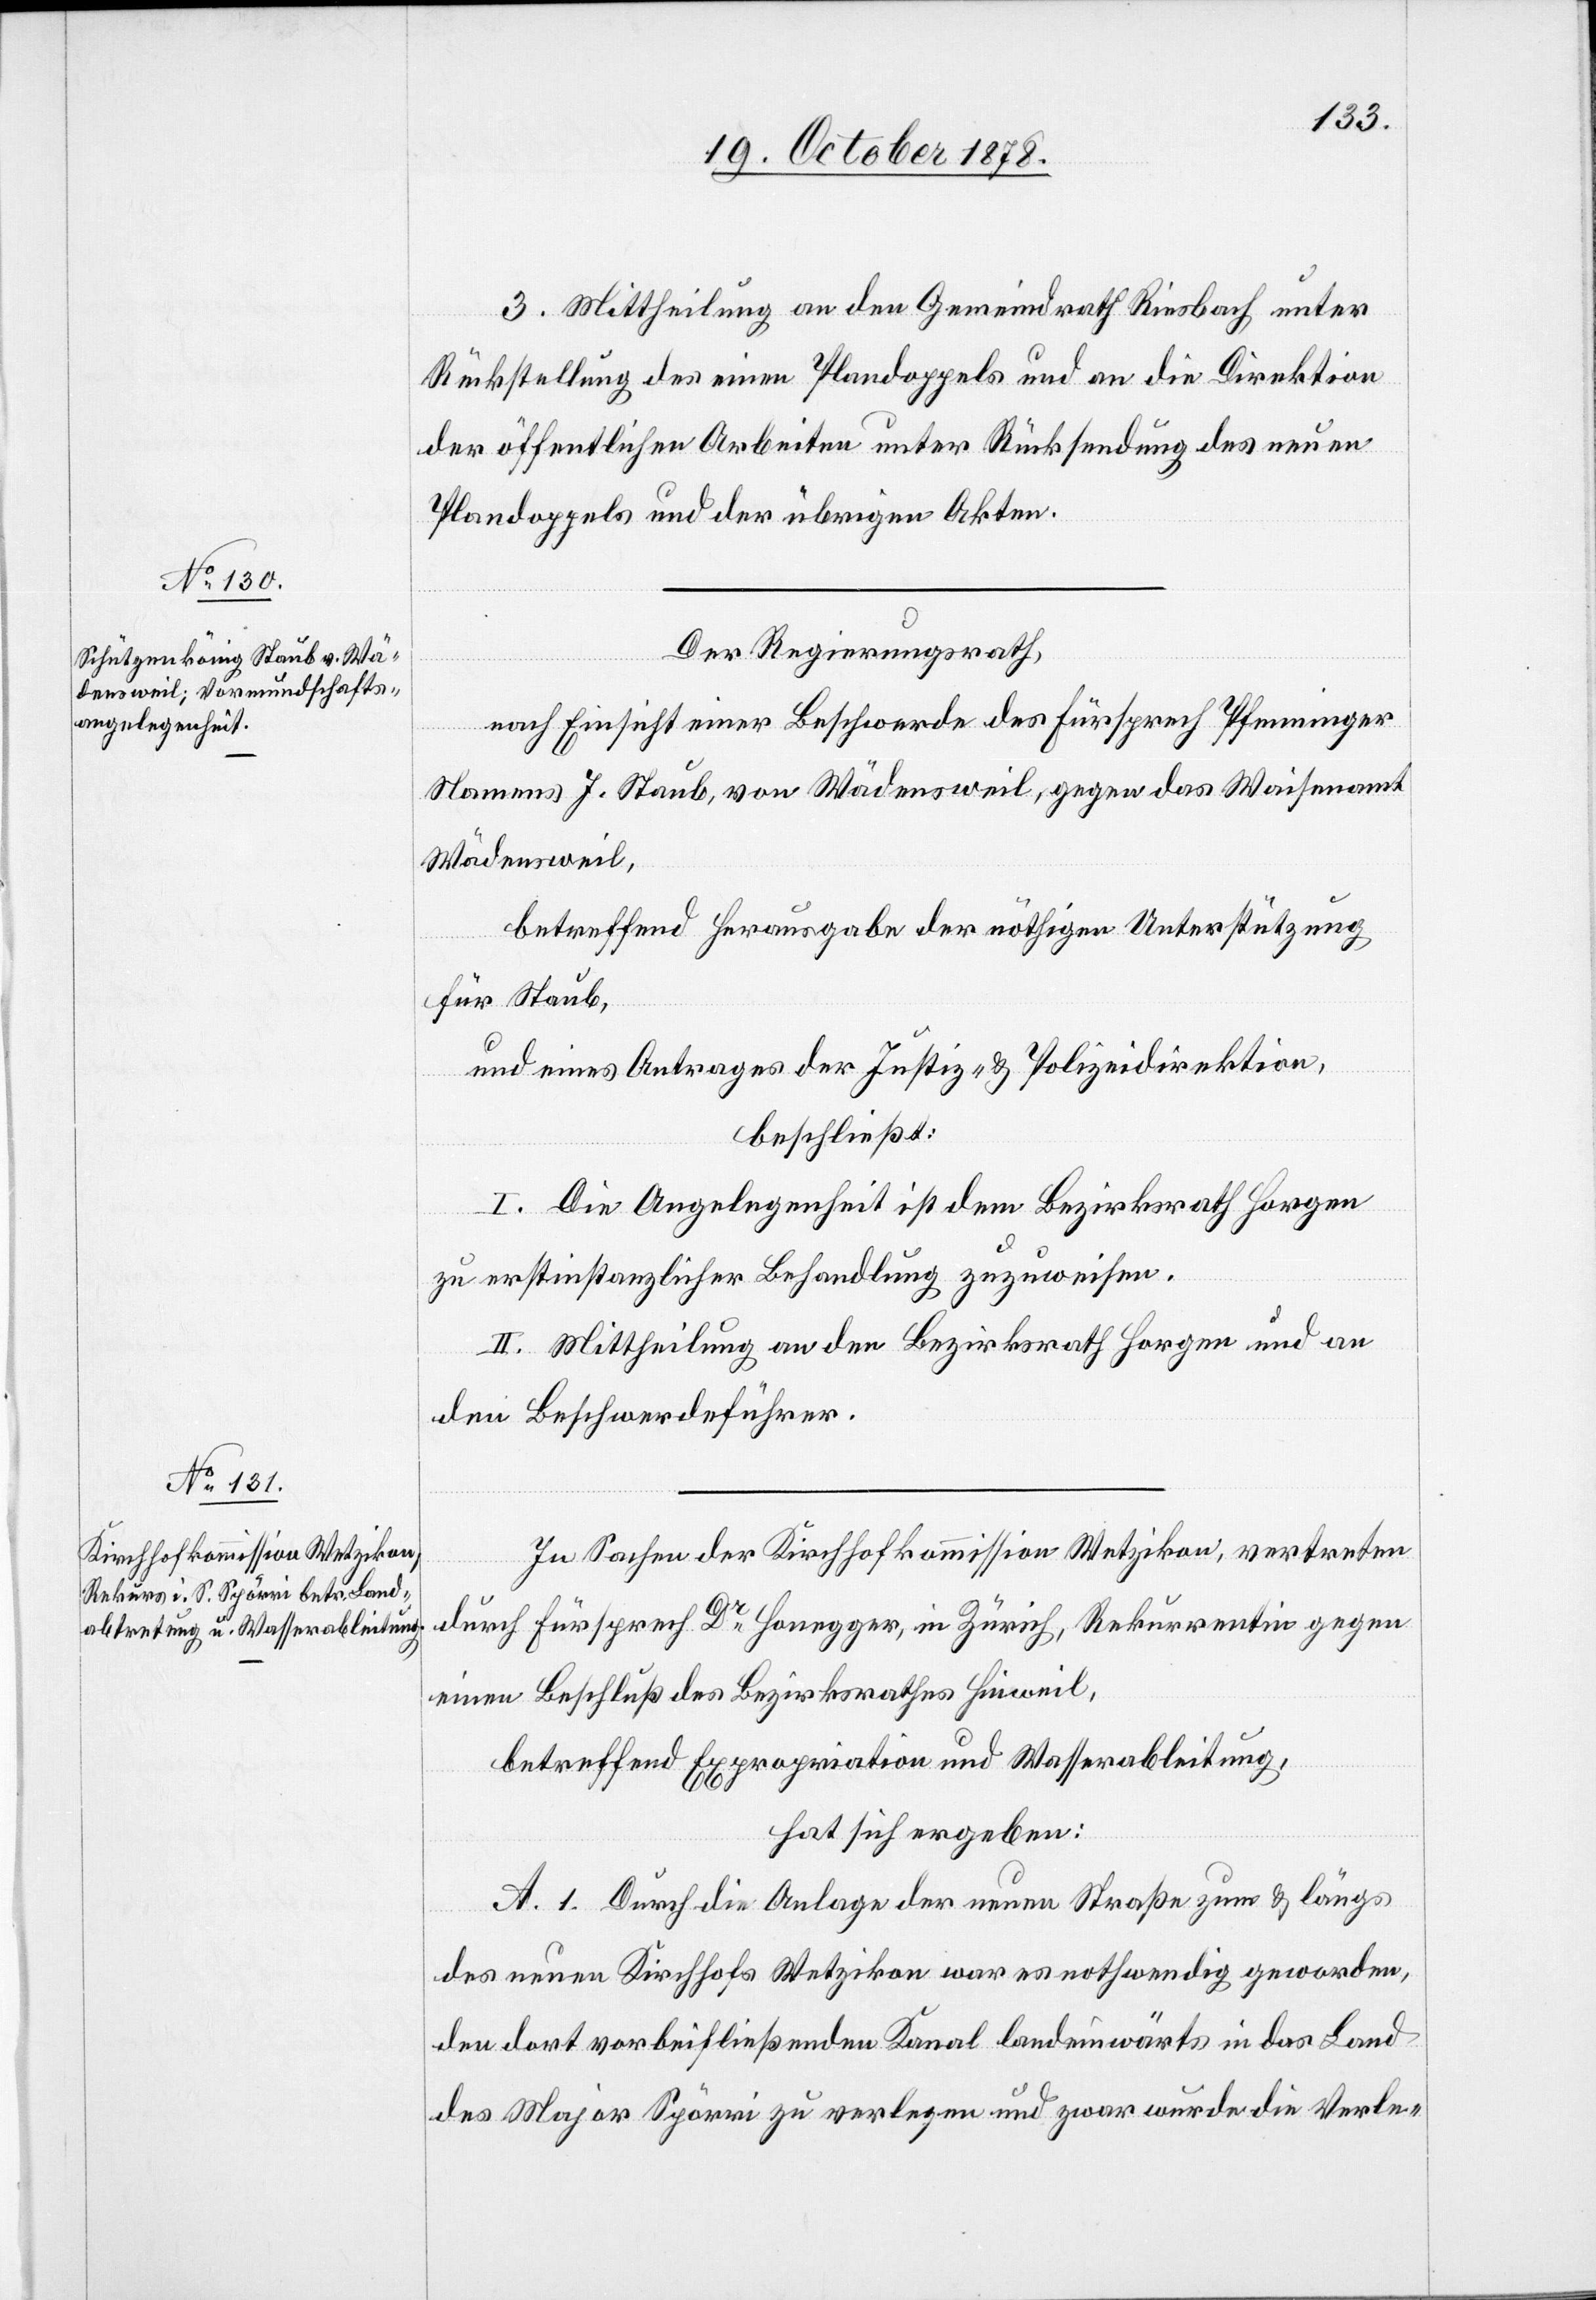
3. Mittheilung an den Gemeindrath Riesbach unter
Rückstellung des einen Plandoppels und an die Direktion
der öffentlichen Arbeiten unter Rücksendung des neuen
Plandoppels und der übrigen Akten.
Der Regierungsrath,
nach Einsicht einer Beschwerde des Fürsprech Pfenninger
Namens J. Staub, von Wädensweil, gegen das Waisenamt
Wädensweil,
betreffend Herausgabe der nöthigen Unterstützung
für Staub,
und eines Antrages der Justiz- & Polizeidirektion,
beschließt:
I. Die Angelegenheit ist dem Bezirksrath Horgen
zur erstinstanzlichen Behandlung zuzuweisen.
II. Mittheilung an den Bezirksrath Horgen und an
den Beschwerdeführer.
In Sachen der Kirchhofkommission Wetzikon, vertreten
durch Fürsprech Dr Honegger, in Zürich, Rekurrentin gegen
einen Beschluß des Bezirksrathes Hinweil,
betreffend Expropriation und Wasserableitung,
hat sich ergeben:
A. 1. Durch die Anlage der neuen Straße zum & längs
des neuen Kirchhofs Wetzikon war es nothwendig geworden,
den dort vorbeifließenden Kanal landeinwärts in das Land
des Major Spörri zu verlegen und zwar wurde die Verle-